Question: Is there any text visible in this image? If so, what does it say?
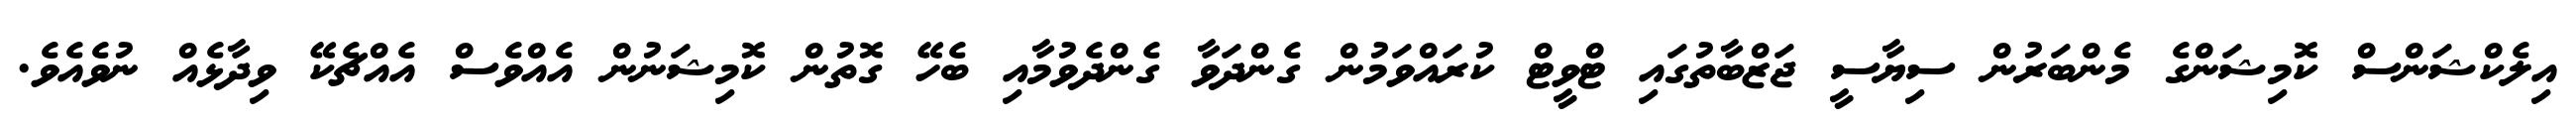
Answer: އިލެކްޝަންސް ކޮމިޝަންގެ މެންބަރުން ސިޔާސީ ޖަޒްބާތުގައި ޓްވީޓް ކުރައްވަމުން ގެންދަވާ ގެންދެވުމާއި ބެހޭ ގޮތުން ކޮމިޝަނުން އެއްވެސް އެއްޗެކޭ ވިދާޅެއް ނުވެއެވެ.